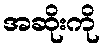
အဆိုးကို